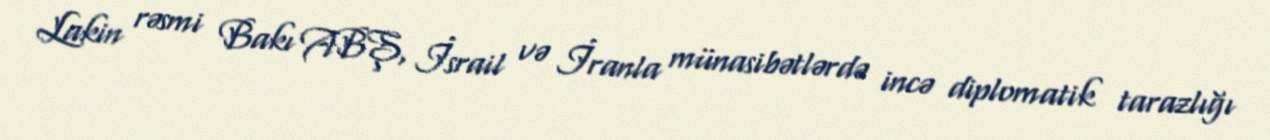
Lakin rəsmi Bakı ABŞ, İsrail və İranla münasibətlərdə incə diplomatik tarazlığı